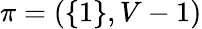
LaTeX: \pi=(\{ 1\} ,V-1)